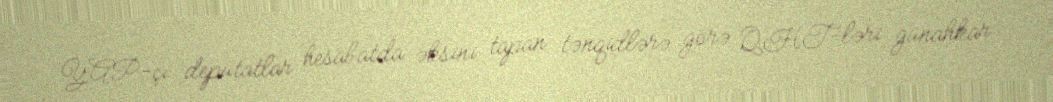
YAP-çı deputatlar hesabatda əksini tapan tənqidlərə görə QHT-ləri günahkar